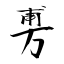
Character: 旉